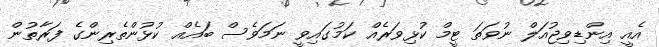
އެއީ އިންޑިވިޖުއަލް ނުވަތަ ޓީމް ކުޅިވަރެއް ކަމުގައިވީ ނަމަވެސް ބައެއް ކުޅުންތެރިންގެ ފަރާތުން